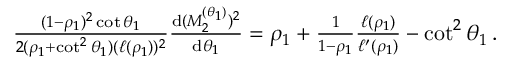
\begin{array} { r } { \frac { ( 1 - \rho _ { 1 } ) ^ { 2 } \cot { \theta _ { 1 } } } { 2 ( \rho _ { 1 } + \cot ^ { 2 } { \theta _ { 1 } } ) ( \ell ( \rho _ { 1 } ) ) ^ { 2 } } \frac { \mathrm { d } ( M _ { 2 } ^ { ( \theta _ { 1 } ) } ) ^ { 2 } } { \mathrm { d } \theta _ { 1 } } = \rho _ { 1 } + \frac { 1 } { 1 - \rho _ { 1 } } \frac { \ell ( \rho _ { 1 } ) } { \ell ^ { \prime } ( \rho _ { 1 } ) } - \cot ^ { 2 } { \theta _ { 1 } } \, . } \end{array}